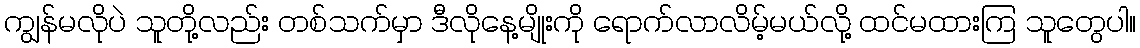
ကျွန်မလိုပဲ သူတို့လည်း တစ်သက်မှာ ဒီလိုနေ့မျိုးကို ရောက်လာလိမ့်မယ်လို့ ထင်မထားကြ သူတွေပါ။